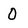
Character: O